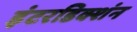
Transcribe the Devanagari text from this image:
इंटरडिक्शंन